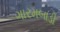
ગારમબાડી